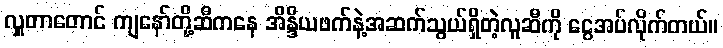
လှူတာတောင် ကျနော်တို့ဆီကနေ အိန္ဒိယဖက်နဲ့အဆက်သွယ်ရှိတဲ့လူဆီကို ငွေအပ်လိုက်တယ်။